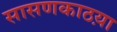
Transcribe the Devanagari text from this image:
सासणकाठय़ा